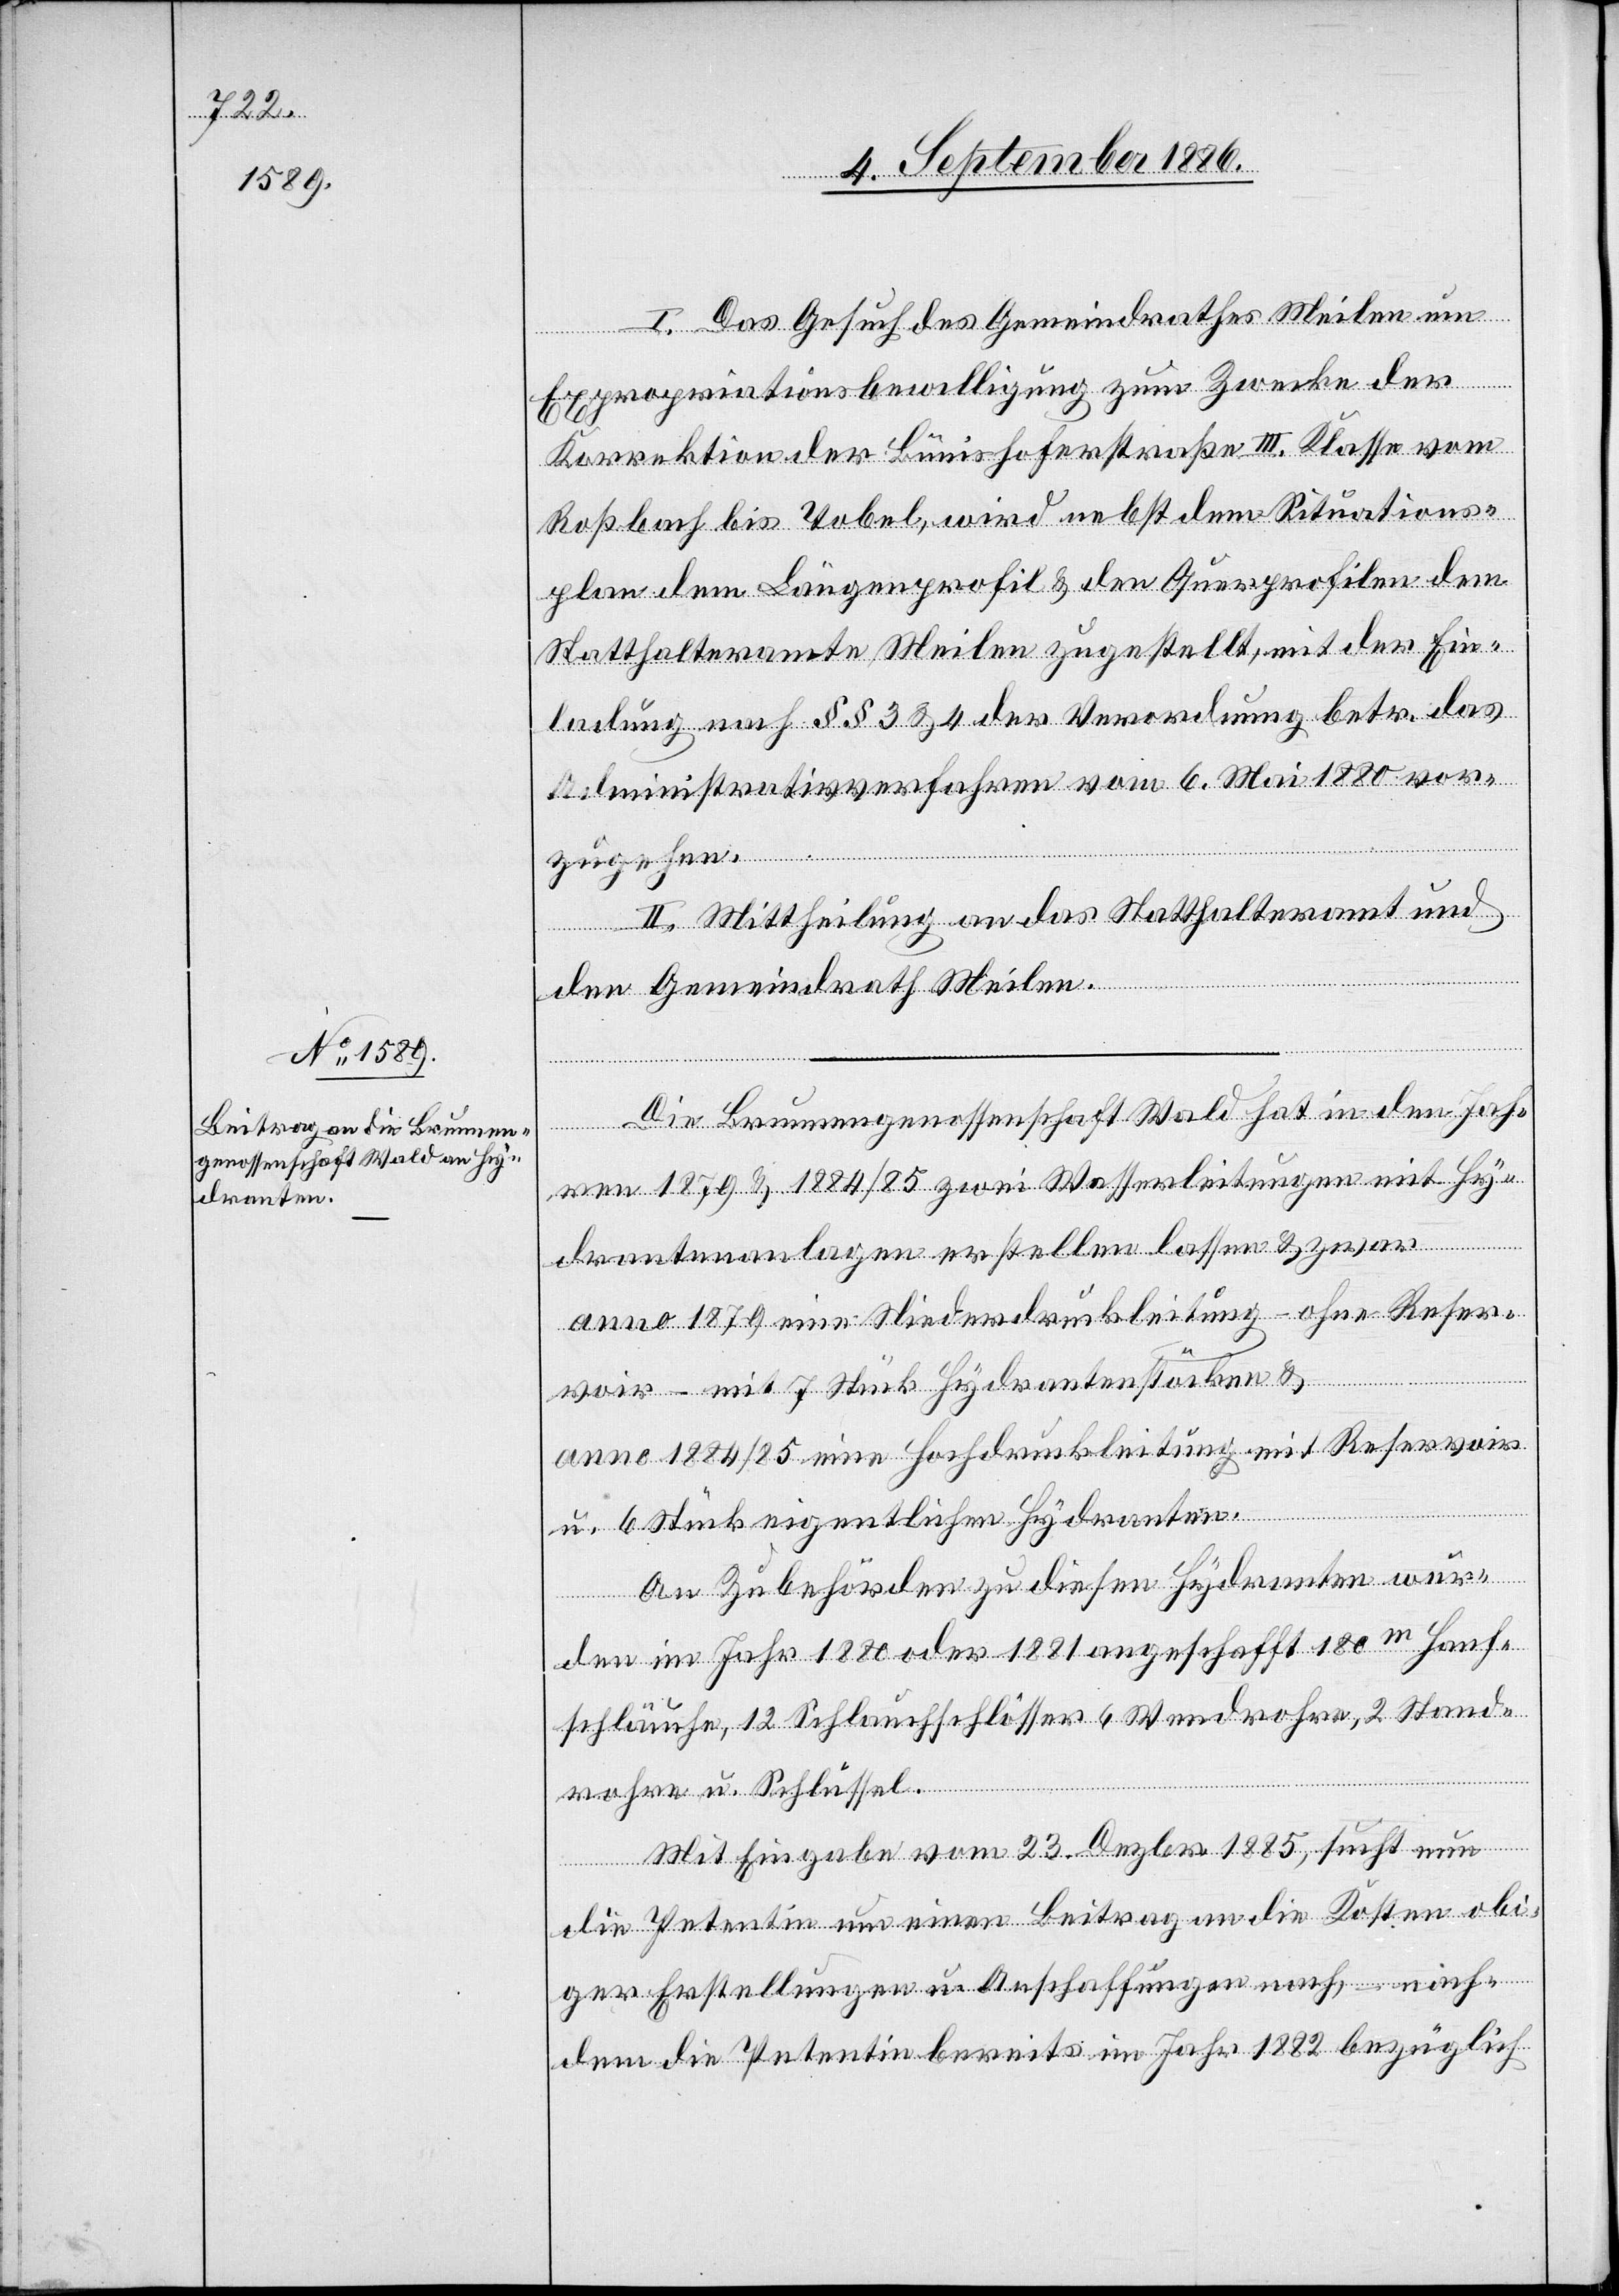
I. Das Gesuch des Gemeindrathes Meilen um
Expropriationsbewilligung zum Zwecke der
Korrektion der Bünishoferstraße III. Klasse vom
Roßbach bis Tobel, wird nebst dem Situations¬
plan dem Längenprofil & den Querprofilen dem
Statthalteramt Meilen zugestellt, mit der Ein¬
ladung nach §§ 3 & 4 der Verordnung betr. das
Administrativverfahren vom 6. Mai 1880 vor¬
zugehen.
II. Mittheilung an das Statthalteramt und
den Gemeindrath Meilen.
Die Brunnengenossenschaft Wald hat in den Jah¬
ren 1879 & 1884/85 zwei Wasserleitungen mit Hy¬
drantenanlagen erstellen lassen & zwar
anno 1879 eine Niederdruckleitung – ohne Reser¬
voir – mit 7 Stück Hydrantenstöcken &
anno 1884/85 eine Hochdruckleitung mit Reservoir
u. 6 Stück eigentlichen Hydranten.
An Zubehörden zu diesen Hydranten wur¬
den im Jahr 1880 oder 1881 angeschafft 180m Hanf¬
schläuche, 12 Schlauchschlösser, 6 Wendrohre, 2 Stand¬
rohre u. Schlüssel.
Mit Eingabe vom 23. Dezbr. 1885, sucht nun
die Petentin um einen Beitrag an die Kosten obi¬
ger Erstellungen u. Anschaffungen nach – nach¬
dem die Petentin bereits im Jahr 1882 bezüglich